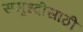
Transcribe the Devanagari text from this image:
समृध्दीसाठी